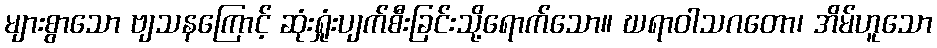
များစွာသော ဗျသနကြောင့် ဆုံးရှုံးပျက်စီးခြင်းသို့ရောက်သော။ ဃရာဝါသဂတော၊ အိမ်ဟူသော